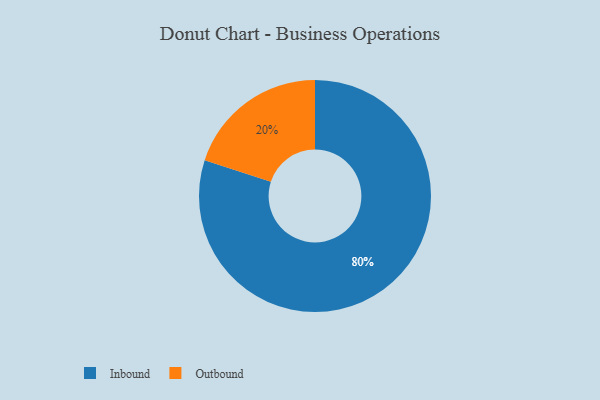
{"axis": {"x": "Category", "y": "Percentage"}, "legend": ["Inbound", "Outbound"], "data": [{"x": "Inbound", "y": 80, "type": "Inbound"}, {"x": "Outbound", "y": 20, "type": "Outbound"}]}